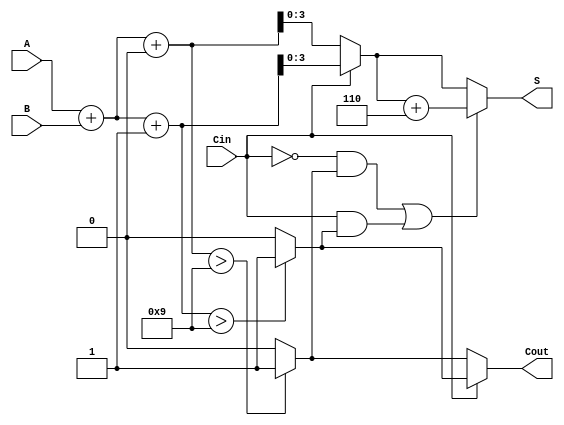
module BCD_MCSA (
    input  wire [3:0] A,     // First BCD digit
    input  wire [3:0] B,     // Second BCD digit
    input  wire Cin,         // Carry-in
    output reg  [3:0] S,     // BCD sum
    output reg  Cout         // Carry-out
);

    wire [4:0] S0;           // Sum with Cin = 0
    wire [4:0] S1;           // Sum with Cin = 1
    wire Cout0;              // Carry-out for Cin = 0
    wire Cout1;              // Carry-out for Cin = 1

    // Initial sum calculations
    assign S0 = A + B + 4'b0000; // S0 = A + B + 0
    assign S1 = A + B + 4'b0001; // S1 = A + B + 1

    // Carry-out calculations
    assign Cout0 = (S0 > 4'b1001) ? 1'b1 : 1'b0; // Cout0 = 1 if S0 > 9
    assign Cout1 = (S1 > 4'b1001) ? 1'b1 : 1'b0; // Cout1 = 1 if S1 > 9

    // Select the appropriate sum and carry-out based on Cin
    always @(*) begin
        if (Cin == 1'b0) begin
            S = S0[3:0];        // Select S0
            Cout = Cout0;      // Select Cout0
        end else begin
            S = S1[3:0];        // Select S1
            Cout = Cout1;      // Select Cout1
        end
        
        // BCD correction logic
        if ((Cin == 1'b0 && Cout0) || (Cin == 1'b1 && Cout1)) begin
            S = S + 4'b0110;   // Add 6 to correct BCD if necessary
        end
    end

endmodule